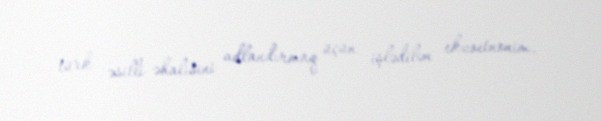
türk əsilli əhalisini adlandırmaq üçün işlədilən ekzoetnonim.